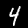
Label: 4